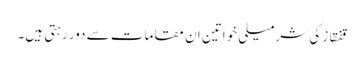
قفقاز کی شرمیلی خواتین ان مقامات سے دور رہتی ہیں۔